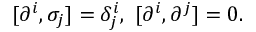
[ \partial ^ { i } , \sigma _ { j } ] = \delta _ { j } ^ { i } , ~ [ \partial ^ { i } , \partial ^ { j } ] = 0 .